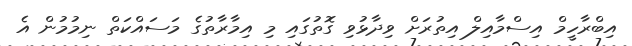
އިބްރާހީމް އިސްމާއިލް އިތުރަށް ވިދާޅުވި ގޮތުގައި މި އިމާރާތުގެ މަސައްކަތް ނިމުމުން އެ